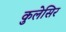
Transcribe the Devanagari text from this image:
कुलेसिर